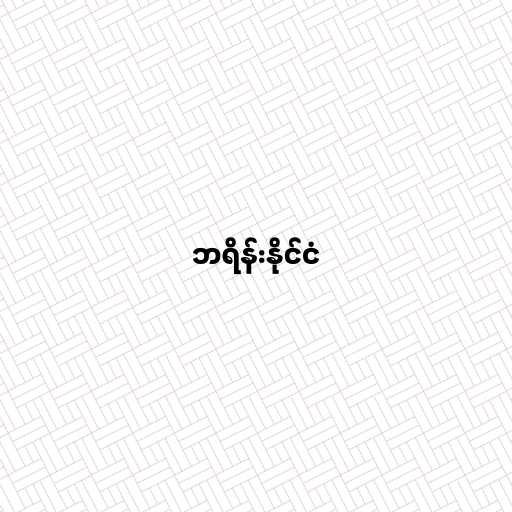
ဘရိန်းနိုင်ငံ